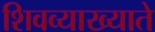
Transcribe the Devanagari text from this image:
शिवव्याख्याते